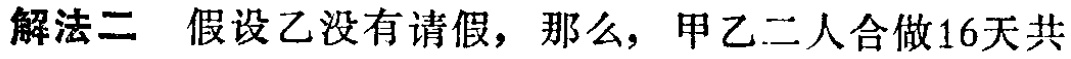
解法二 假设乙没有请假，那么，甲乙二人合做16天共